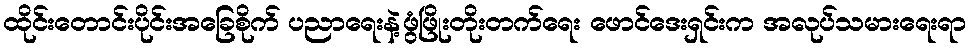
ထိုင်းတောင်းပိုင်းအခြေစိုက် ပညာရေးနဲ့ဖွံဖြိုးတိုးတက်ရေး ဖောင်ဒေးရှင်းက အလုပ်သမားရေးရာ